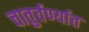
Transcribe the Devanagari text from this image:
चातुर्वर्ण्यात